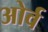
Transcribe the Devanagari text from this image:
ओर्व